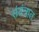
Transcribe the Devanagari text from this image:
संयंत्रात